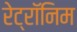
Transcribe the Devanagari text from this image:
रेट्रॉनिम